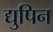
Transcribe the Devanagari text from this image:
द्युपिन